Document type: Sale
Year: 1461
Scribe: [Unknown]
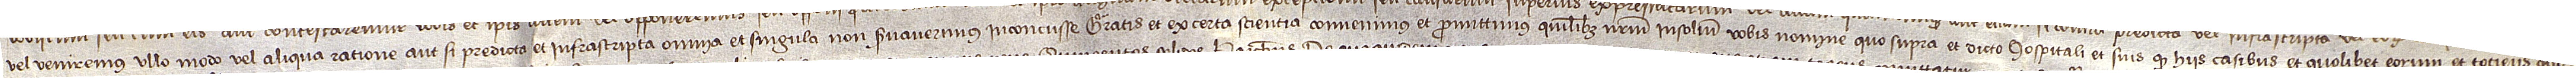
vel veniremus ullo modo vel aliqua ratione, aut si predicta vel infrascripta omnia et singula non servaverimus inconcusse, gratis et ex certa sciencia convenimus et promittimus quilibet nostrum insolidum vobis nomine quo supra et dicto hospitali et suis quod hiis casibus et quolibet eorum et tociens quo-